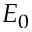
E _ { 0 }